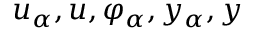
u _ { \alpha } , u , \varphi _ { \alpha } , y _ { \alpha } , y